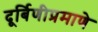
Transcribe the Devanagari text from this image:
दूर्बिणीप्रमाणे